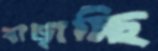
বাড়াচ্ছি